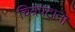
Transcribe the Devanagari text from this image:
चित्रपटाना